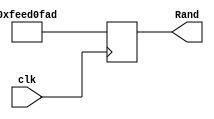
// DESCRIPTION: Verilator: Verilog Test module
//
// This file ONLY is placed into the Public Domain, for any use,
// without warranty, 2006 by Wilson Snyder.

module t (clk, Rand);
   input clk;
   output reg [31:0] Rand;

`ifdef verilator
   `systemc_interface
     unsigned int QxRandTbl (unsigned int tbl, unsigned int idx) { return 0xfeed0fad; }
   `verilog
`endif

   function [31:0] QxRand32;
      /* verilator public */
      input [7:0]    tbl;
      input [7:0]    idx;
      begin
`ifdef verilator
	 QxRand32 = $c ("QxRandTbl(",tbl,",",idx,")");
`else
	 QxRand32 = 32'hfeed0fad;
`endif
      end
   endfunction

   always @(posedge clk) begin
      Rand <= #1 QxRand32 (8'h0, 8'h7);
   end
endmodule